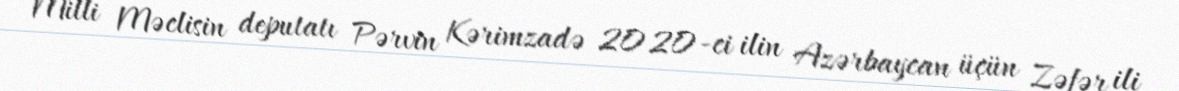
Milli Məclisin deputatı Pərvin Kərimzadə 2020-ci ilin Azərbaycan üçün Zəfər ili